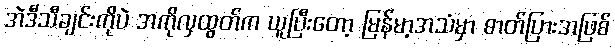
အဲဒီသီချင်းကိုပဲ အကိုလှထွတ်က ယူပြီးတော့ မြန်မာ့အသံမှာ ဓာတ်ပြားအဖြစ်